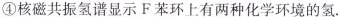
④核磁共振氢谱显示F苯环上有两种化学环境的氢.